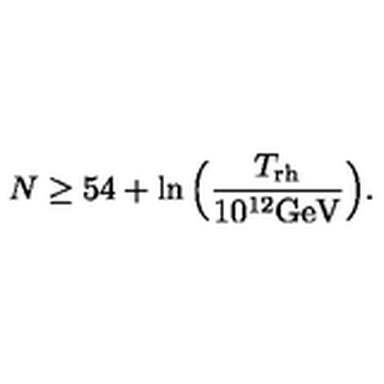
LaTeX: N \geq 5 4 + \ln \Big ( { \frac { T _ { \mathrm { r h } } } { 1 0 ^ { 1 2 } \mathrm { G e V } } } \Big ) .